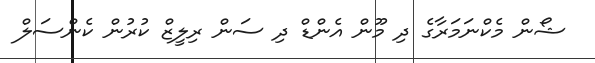
ޝޯން މެކްނަމަރާގެ ދި މޫން އެންޑް ދި ސަން ރިލީޒް ކުރުން ކެންސަލް